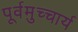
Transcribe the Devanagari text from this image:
पूर्वमुच्चार्य